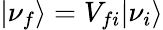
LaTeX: |\nu_{f}\rangle=V_{fi}|\nu_{i}\rangle